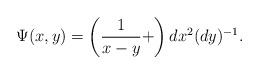
LaTeX: \begin{align*}\Psi(x,y)= \left(\frac{1}{x-y}+\right)dx^2(dy)^{-1}.\end{align*}